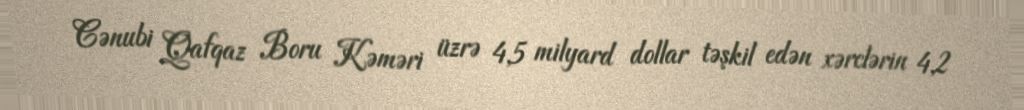
Cənubi Qafqaz Boru Kəməri üzrə 4,5 milyard dollar təşkil edən xərclərin 4,2